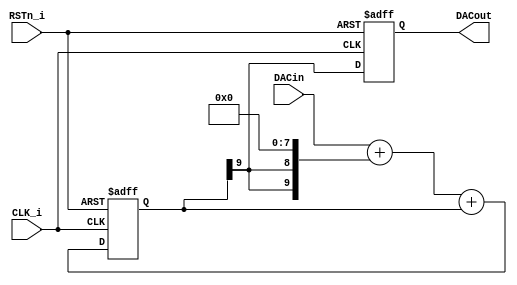
module dac(
    input CLK_i,
    input RSTn_i,
    output DACout, // This is the average output that feeds low pass filter
    input [MSBI:0] DACin  // DAC input (excess 2**MSBI)
);

parameter MSBI = 7;  // Most significant Bit of DAC input

reg DACout; // for optimum performance, ensure that this ff is in IOB
reg [MSBI+2:0] DeltaAdder; // Output of Delta adder
reg [MSBI+2:0] SigmaAdder; // Output of Sigma adder
reg [MSBI+2:0] SigmaLatch; // Latches output of Sigma adder
reg [MSBI+2:0] DeltaB;     // B input of Delta adder


always @(SigmaLatch)
    DeltaB <= {SigmaLatch[MSBI+2], SigmaLatch[MSBI+2]} << (MSBI+1);

always @(DACin or DeltaB)
    DeltaAdder <= DACin + DeltaB;

always @(DeltaAdder or SigmaLatch)
    SigmaAdder <= DeltaAdder + SigmaLatch;

always @(posedge CLK_i or negedge RSTn_i)
begin
     if(~RSTn_i)
     begin
           SigmaLatch <= 1'b1 << (MSBI+1);
           DACout <= 1'b0;
     end
     else
     begin
        SigmaLatch <= SigmaAdder;
        DACout <= SigmaLatch[MSBI+2];
    end
end

endmodule